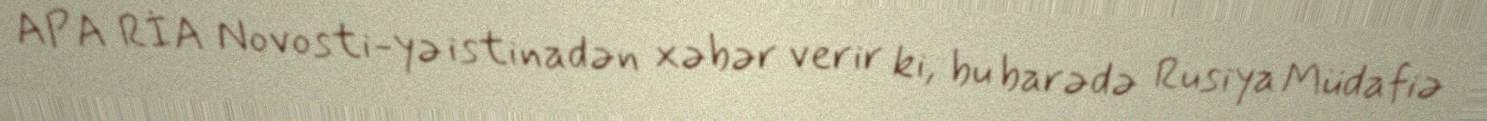
APA RİA Novosti-yə istinadən xəbər verir ki, bu barədə Rusiya Müdafiə